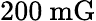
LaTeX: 200~\mathrm{mG}